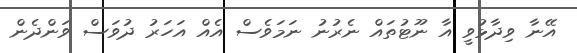
އޭނާ ވިދާޅުވީ އާ ނޫޓުތައް ނެރުނު ނަމަވެސް އެއް އަހަރު ދުވަސް ވަންދެން